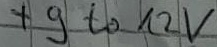
Text: +9 to 12V